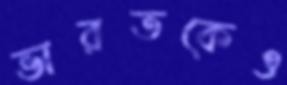
ভারতকেও